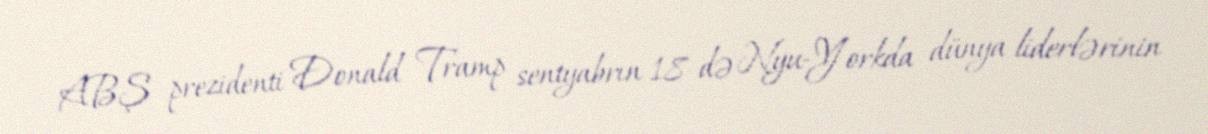
ABŞ prezidenti Donald Tramp sentyabrın 18-də Nyu-Yorkda dünya liderlərinin